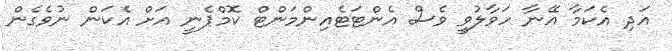
އަދި އެކަމާ އޭނާ ހަވާލުވީ ވެސް އެންޓަޓެއިންމަންޓް ކޮމްޕެނީ އަށް އެކަން ނުވެގެން